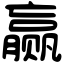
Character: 赢